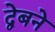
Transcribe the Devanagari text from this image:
द्वेबने